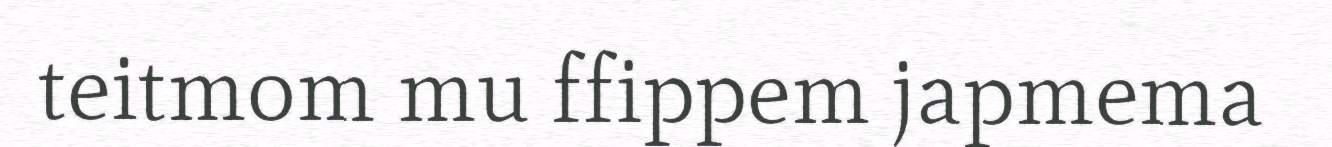
teitmom mu ffippem japmema